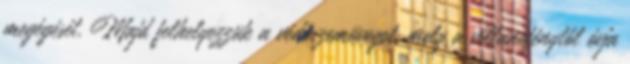
megégését. Majd felhelyezzük a védőszemüveget, mely a villanófénytől óvja